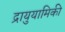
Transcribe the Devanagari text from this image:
द्रायुयामिकी